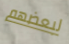
لبعضهم